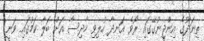
ތިނަދޫގެ އިންޖީނުގޭގައި ރޯވެ އަނދާ ހުލިވި ހާދިސާ އަށް ބަލާ ކަމުގައި ވަނީ